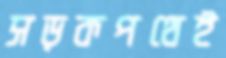
সড়কপথেই